Civil Veterinary Dept. Bombay admin report 1893-99 - 1893-1899
Year: 1893
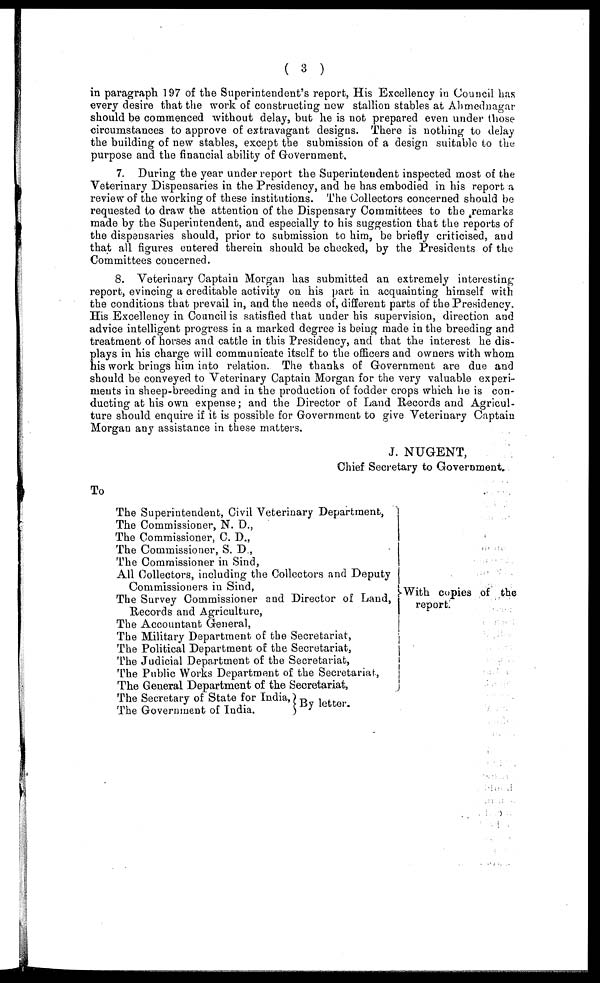
( 3 )
in paragraph 197 of the Superintendent's report, His Excellency in Council has
every desire that the work of constructing new stallion stables at Ahmednagar
should be commenced without delay, but he is not prepared even under those
circumstances to approve of extravagant designs. There is nothing to delay
the building of new stables, except the submission of a design suitable to the
purpose and the financial ability of Government.
7. During the year under report the Superintendent inspected most of the
Veterinary Dispensaries in the Presidency, and be has embodied in his report a
review of the working of these institutions. The Collectors concerned should be
requested to draw the attention of the Dispensary Committees to the remarks
made by the Superintendent, and especially to his suggestion that the reports of
the dispensaries should, prior to submission to him, be briefly criticised, and
that all figures entered therein should be checked, by the Presidents of the
Committees concerned.
8. Veterinary Captain Morgan has submitted an extremely interesting
report, evincing a creditable activity on his part in acquainting himself with
the conditions that prevail in, and the needs of, different parts of the Presidency.
His Excellency in Council is satisfied that under his supervision, direction and
advice intelligent progress in a marked degree is being made in the breeding and
treatment of horses and cattle in this Presidency, and that the interest he dis-
plays in his charge will communicate itself to the officers and owners with whom
his work brings him into relation. The thanks of Government are due and
should be conveyed to Veterinary Captain Morgan for the very valuable experi-
ments in sheep-breeding and in the production of fodder crops which he is con-
ducting at his own expense ; and the Director of Land Records and Agricul-
ture should enquire if it is possible for Government to give Veterinary Captain
Morgan any assistance in these matters.
J. NUGENT,
Chief Secretary to Government.
To
The Superintendent, Civil Veterinary Department,
The Commissioner, N. D.,
The Commissioner, C. D.,
The Commissioner, S. D.,
The Commissioner in Sind,
All Collectors, including the Collectors and Deputy
Commissioners in Sind,
The Survey Commissioner and Director of Laud,
Records and Agriculture,
The Accountant General,
The Military Department of the Secretariat,
The Political Department of the Secretariat,
The Judicial Department of the Secretariat,
The Public Works Department of the Secretariat,
The General Department of the Secretariat,
The Secretary of State for India,
The Government of India.
With copies of the
report.
By letter.